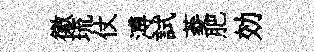
徽琉仗溥試菱肥効